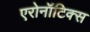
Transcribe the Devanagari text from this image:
एरोनॉटिक्‍स